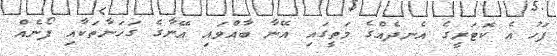
ފަހު އެ ކޮޓަރީގެ އެނދެއްގެ މަތީގައި އޭނާ ބާއްވައި އޭނާގެ ގަހަނާތަކާއި ފޯނެއް